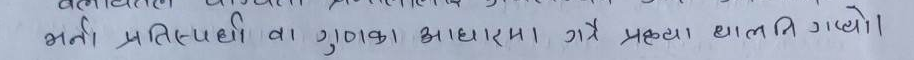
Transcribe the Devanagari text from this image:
भर्ती प्रतिस्पर्धा वा गुणका आधारमा गरे प्रक्रिया थालनी गरियो।